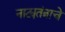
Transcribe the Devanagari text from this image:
नाट्यतंत्राचे